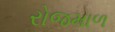
રોજમાળ